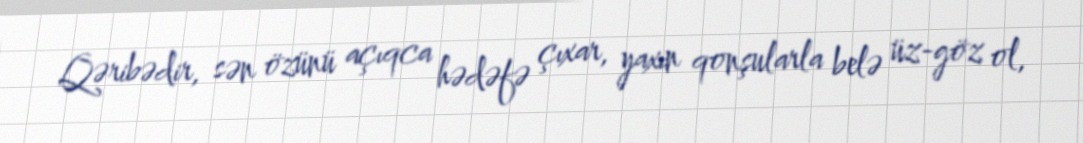
Qəribədir, sən özünü açıqca hədəfə çıxar, yaxın qonşularla belə üz-göz ol,